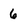
Character: 6